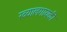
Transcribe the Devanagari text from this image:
ख्यालगायकी